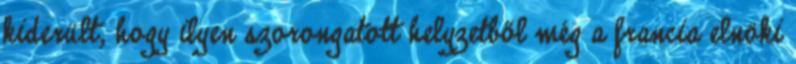
kiderült, hogy ilyen szorongatott helyzetből még a francia elnöki